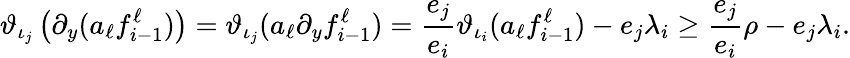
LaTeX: \vartheta_{\iota_{j}}\left(\partial_{y}(a_{\ell}f_{i-1}^{\ell})\right)=\vartheta_{\iota_{j}}(a_{\ell}\partial_{y}f_{i-1}^{\ell})=\frac{e_{j}}{e_{i}}\vartheta_{\iota_{i}}(a_{\ell}f_{i-1}^{\ell})-e_{j}\lambda_{i}\geq\frac{e_{j}}{e_{i}}\rho-e_{j}\lambda_{i}.